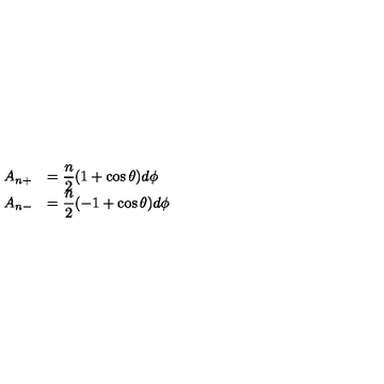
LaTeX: \begin{array} { c l } { A _ { n + } } & { = { \displaystyle \frac { n } { 2 } } ( 1 + \cos \theta ) d \phi } \\ { A _ { n - } } & { = { \displaystyle \frac { n } { 2 } } ( - 1 + \cos \theta ) d \phi } \\ \end{array}